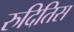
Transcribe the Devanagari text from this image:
रुदितिस